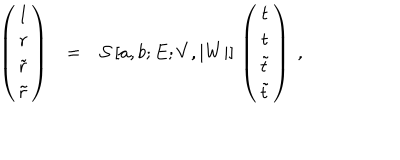
\begin{array} { c c l } { { \left( \begin{array} { c } { { 1 } } \\ { { r } } \\ { { \tilde { r } } } \\ { { \tilde { r } } } \\ \end{array} \right) } } & { { = } } & { { \mathcal { S } \, [ a , b ; E ; V , | W | ] \, \left( \begin{array} { c } { { t } } \\ { { t } } \\ { { \tilde { t } } } \\ { { \tilde { t } } } \\ \end{array} \right) ~ , } } \\ \end{array}